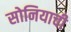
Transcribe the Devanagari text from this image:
सोनियाची